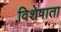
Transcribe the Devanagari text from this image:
विशेषाता